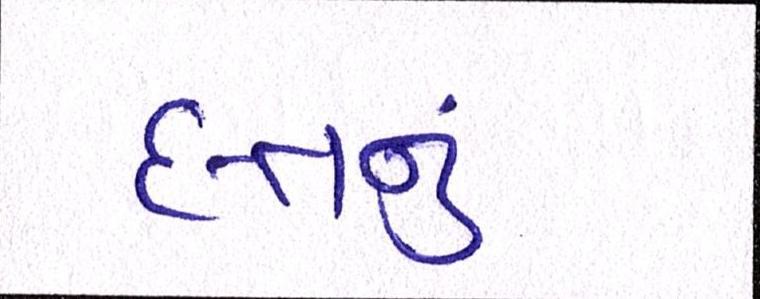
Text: દત્તનું